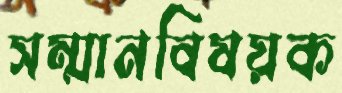
সম্মানবিষয়ক